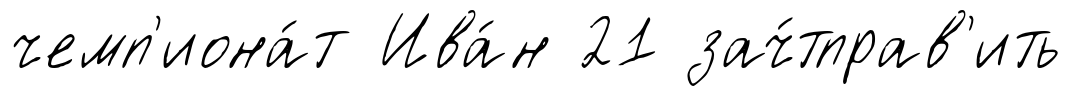
чемп'иона́т Ива́н 21 зач́тправ'ить